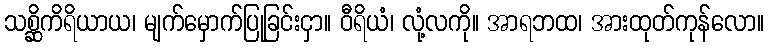
သစ္ဆိကိရိယာယ၊ မျက်မှောက်ပြုခြင်းငှာ။ ဝီရိယံ၊ လုံ့လကို။ အာရဘထ၊ အားထုတ်ကုန်လော။